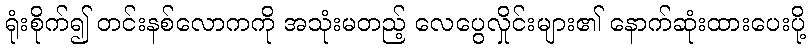
ရုံးစိုက်၍ တင်းနစ်လောကကို အသုံးမတည့် လေပွေလှိုင်းများ၏ နောက်ဆုံးထားပေးပို့